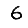
Digit: 6